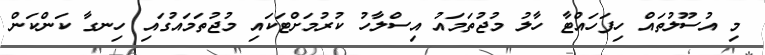
މި އުސޫލުތައް ހިފަހައްޓާ ހާލު މުޖުތަމައު އިސްލާހު ކުރުމަށްޓަކައި މުޖުތަމައުގައި ހިނގާ ކަންކަން